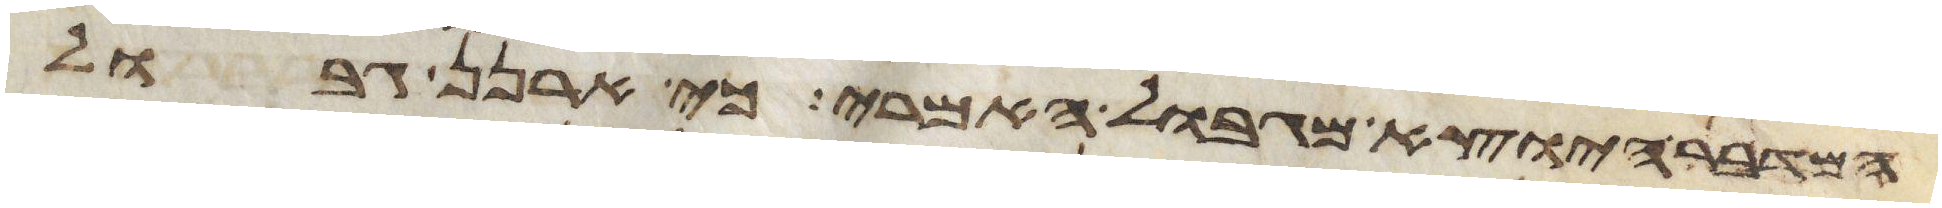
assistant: המדבר היוצא מגבול האמרי כי ארנן גבול